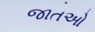
જાતઓ